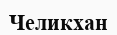
Челикхан